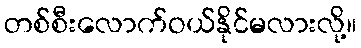
တစ်စီးလောက်ဝယ်နိုင်မလားလို့။